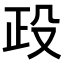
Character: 𣪅